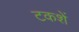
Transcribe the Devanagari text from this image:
टकशें